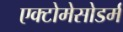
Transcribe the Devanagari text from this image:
एक्टोमेसोडर्म